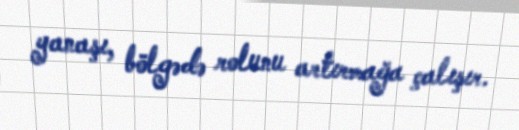
yanaşı, bölgədə rolunu artırmağa çalışır.